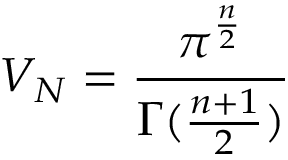
V _ { N } = \frac { \pi ^ { \frac { n } { 2 } } } { \Gamma ( \frac { n + 1 } { 2 } ) }